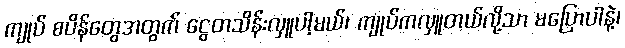
ကျုပ် စပိန်တွေအတွက် ငွေတသိန်းလှူပါ့မယ်၊ ကျုပ်ကလှူတယ်လို့သာ မပြောပါနဲ့၊